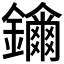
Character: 𨯖